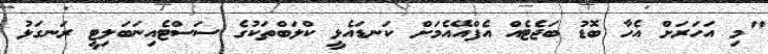
"މި އަހަރަށް އެހާ ބޮޑު ބަޖެޓެއް އެފްއޭއެމަށް ކަނޑައެޅީ ކްލަބްތަކުގެ ސަސްޓެއިނަބަލިޓީ ރަނގަޅު